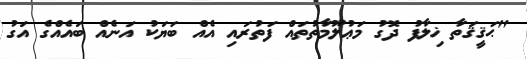
"ޙަޤީޤަތާ ޚިލާފު ދޮގު މަޢުލޫމާތުތައް ފަތުރައި އެއް ބަޔަކު އަނެއް ބައެއްގެ އަގު